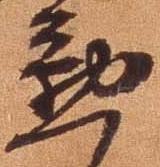
懃